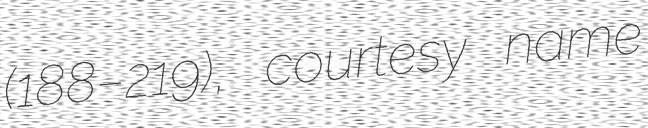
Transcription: (188–219), courtesy name